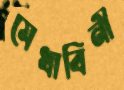
মেধাবিনী